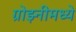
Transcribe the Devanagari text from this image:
ग्रोझ्नीमध्ये